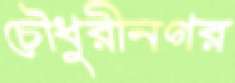
চৌধুরীনগর